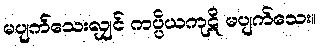
မပျက်သေးလျှင် ကပ္ပိယကုဋိ မပျက်သေး။